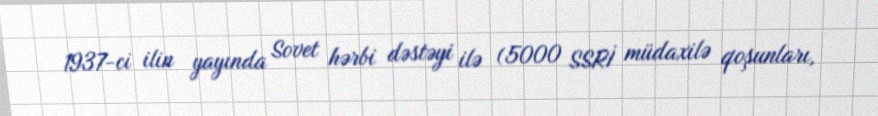
1937-ci ilin yayında Sovet hərbi dəstəyi ilə (5000 SSRİ müdaxilə qoşunları,